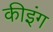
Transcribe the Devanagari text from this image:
कीइंग